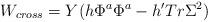
LaTeX: \begin{align*}W_{cross} = Y(h\Phi^a\Phi^a - h'Tr \Sigma^2)\end{align*}